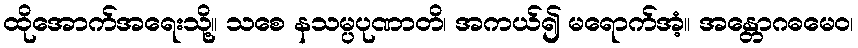
ထိုအောက်အရေးသို့။ သစေ နသမ္ပပုဏာတိ၊ အကယ်၍ မရောက်အံ့။ အန္တောဂဓမေဝ၊